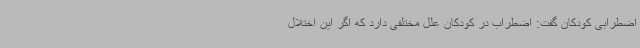
اضطرابی کودکان گفت: اضطراب در کودکان علل مختلفی دارد که اگر این اختلال